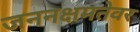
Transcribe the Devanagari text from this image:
जननक्षमतेवर